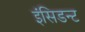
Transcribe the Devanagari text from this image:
इंसिडन्ट